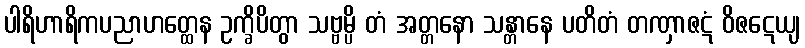
ပါရိဟာရိကပညာဟတ္ထေန ဥက္ခိပိတွာ သဗ္ဗမ္ပိ တံ အတ္တနော သန္တာနေ ပတိတံ တဏှာဇဋံ ဝိဇဋေယျ